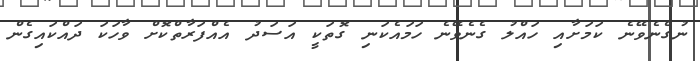
ނުގެނެވޭނެ ކަމަށާއި ހައްލު ގެނެވޭނެ ހަމައެކަނި ގޮތަކީ އަސަދު އެއްފަރާތްކޮށް ވާހަކަ ދައްކައިގެން